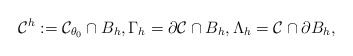
\begin{align*} \mathcal C^{h}:=\mathcal C_{\theta_0}\cap B_{h},\Gamma_h=\partial \mathcal C\cap B_h,\Lambda_h=\mathcal C \cap \partial B_h, \end{align*}